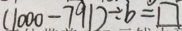
( 1 0 0 0 - 7 9 1 ) \div b = \square